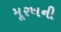
મૂરખની